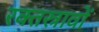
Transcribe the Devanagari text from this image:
रक्‍तस्रावों